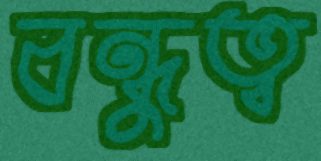
বন্ধুত্ব